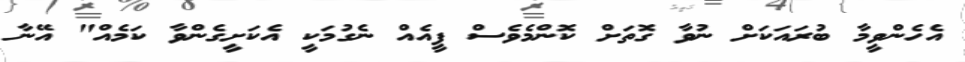
އެހެންވީމާ ބުރައަކަށް ނުވާ ގޮތަށް ކޮންމެވެސް ފީއެއް ނެގުމަކީ އެކަށީގެންވާ ކަމެއް" އޭނާ